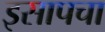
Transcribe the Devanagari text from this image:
इसापचा